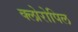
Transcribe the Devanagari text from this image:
क्लोरोपिल